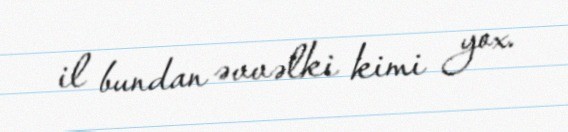
il bundan əvvəlki kimi yox.